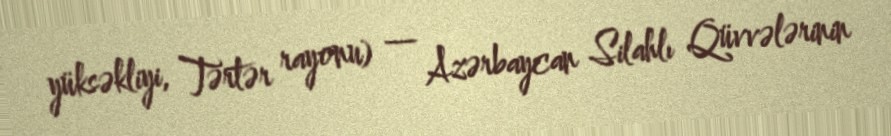
yüksəkliyi, Tərtər rayonu) — Azərbaycan Silahlı Qüvvələrinin